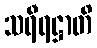
သရီရဋ္ဌာတိ